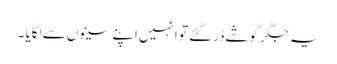
یہ جگر گوشے ڈر گئے تو انہیں اپنے سینوں سے لگایا ۔